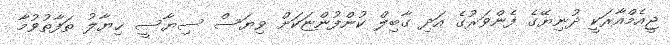
ޖީއެމްއާރަކީ ދުނިޔޭގެ ފެންވަރުގެ އަދި ގާބިލް ކުންފުންޏަކަށް ވިޔަސް ސިޔާސީ ޚިޔާލު ތަފާތުވުމާ